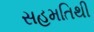
સહમતિથી